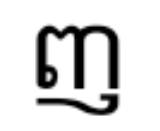
ញ